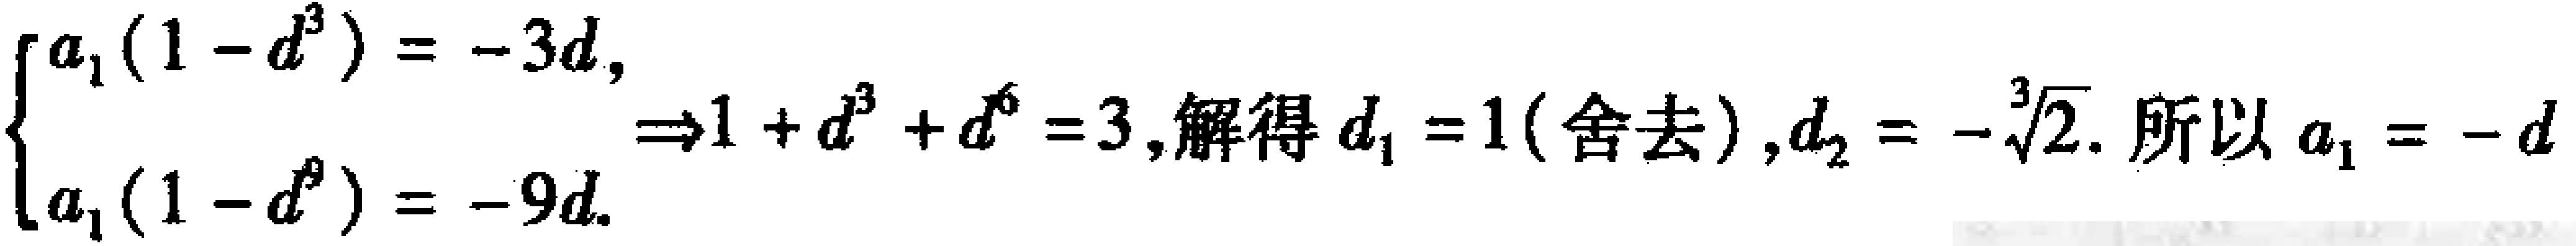
$\begin{cases}

a_{1}(1 - d^{3}) = - 3d, \\

a_{1}(1 - d^{9}) = - 9d.

\end{cases}\Rightarrow1 + d^{3}+d^{6}=3,解得d_{1}=1(舍去),d_{2}=-\sqrt[3]{2}.所以a_{1}=-d$